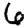
Digit: 6